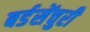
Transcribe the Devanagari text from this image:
बर्डसेंचुरी